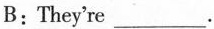
B: They're___.